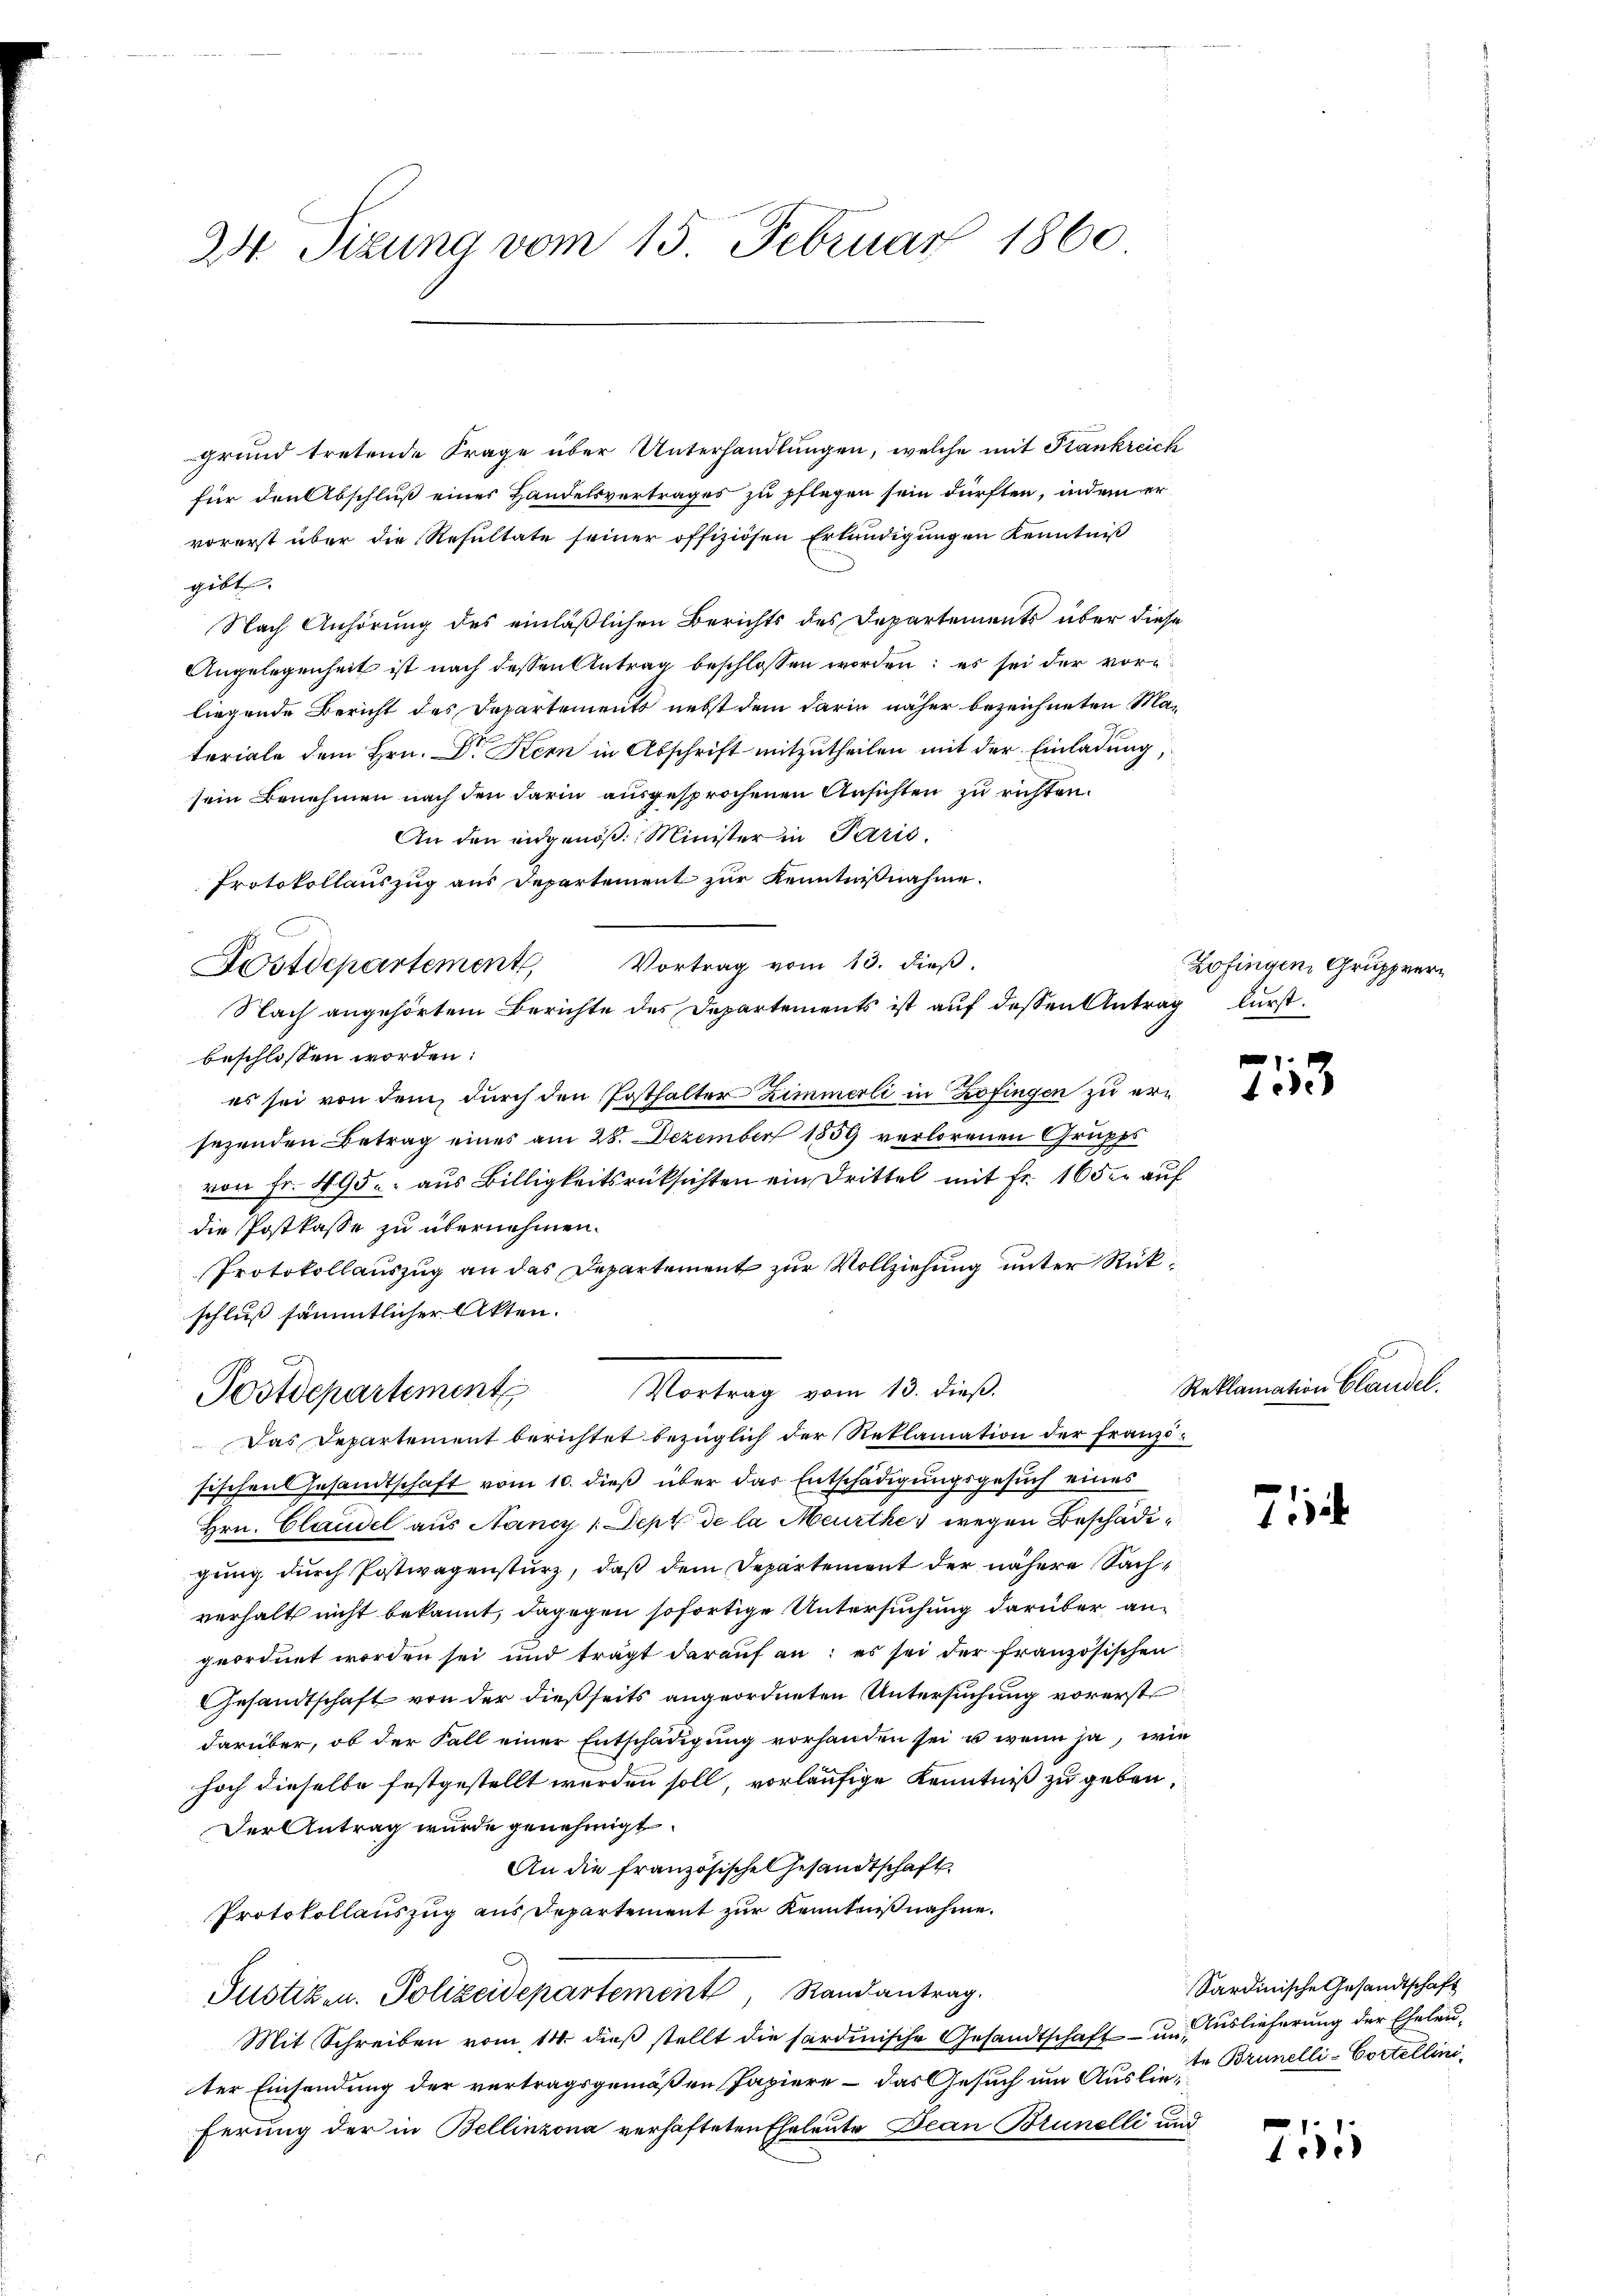
24 Sizung vom 15. Februar 1860

grund tretende Frage über Unterhandlungen, welche mit Stankreich
für den Abschluß eines Handelsvertrages zu pflegen sein dürften, indem er
vorerst über die Resultate seiner offiziösen Erkundigungen Kenntniß
gibt. |
Nach Anhörung des einläßlichen Berichts des Departements über diese
Angelegenheit ist nach dessen Antrag beschlossen worden; es sei der vore
liegende Bericht des Departements nebst dem darin näher bezeichneten Materiale dem Hrn. Dr Kern in Abschrift mitzutheilen mit der Einladung,
sein Benehmen nach den darin ausgesprochenen Ansichten zu richten.
An den eidgenöß. Minister in Paris.
Protokollauszug aus Departement zur Kenntnißnahme.
Fostdepartement, Vortrag vom 13. dieβ.
Nach angehörtem Berichte des Departements ist auf dessen Antrag furstbeschlossen worden:
es sei von dem durch den Posthalter Zimmerli in Zofingen zu ersezenden Betrag eines am 28. Dezember 1859 verlorenen Grupps
von Fr. 495. aus Billigkeitsrüksichten ein Drittel mit Fr. 16 der auf
die Postkasse zu übernehmen.
Protokollauszug an das Departement zur Vollziehung unter Rückschluß sämmtlicher Akten.
D
Vortrag vom 13. dieß.
Postdepartement
Das Departement berichtet bezüglich der Reklamation der Franzi¬
Fischen Gesandtschaft vom 10. dieß über das Entschädigungsgesuch eines
Hrn. Claudel aus Nancy 1. Dept de la Meurthe wegen Beschädigung durch Postwagensturz, daß dem Departement der nähere Sachverhalt nicht bekannt, dagegen sofortige Untersuchung darüber angeordnet worden sei und trägt darauf an: es sei der französischen
Gesandtschaft von der dießseits angeordneten Untersuchung vorerste
darüber, ob der Fall einer Entschädigung vorhanden sei, u wenn ja, wie
hoch dieselbe festgestellt werden soll, vorläufige Kenntniß zu geben,
Der Antrag wurde genehmigt.
An die französische Gesandtschaft
Protokollauszug aus Departement zur Kenntnißnahme.
Justizen. Polizeidepartement, Randantrag.
Mit Schreiben vom 14. dieß stellt die sardinische Gesandtschaft – um Auslieferung der Eheleuter Einsendung der vertragsgemäßen Papiere – das Gesuch um Ausliefe Brunelli-Cortellini
ferung der in Bellinzona verhafteten Eheleute Bean Brunelli und

Zofingen Gruppre

2115

Reklamation Claudel.

7

711

Sardinische Gesandtschaft